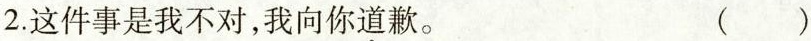
2.这件事是我不对，我向你\underset{·}{道}歉。 ( )